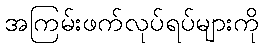
အကြမ်းဖက်လုပ်ရပ်များကို